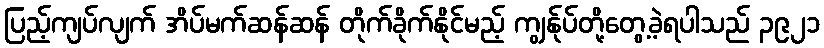
ပြည့်ကျပ်လျက် အိပ်မက်ဆန်ဆန် တိုက်ခိုက်နိုင်မည့် ကျွန်ုပ်တို့တွေ့ခဲ့ရပါသည် ၃၉၂၁